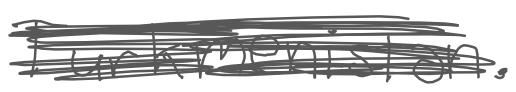
Text: Turkmenistan.
Cross-out: scratch
Writing tool: digital_gray